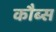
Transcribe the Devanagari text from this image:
कौब्स